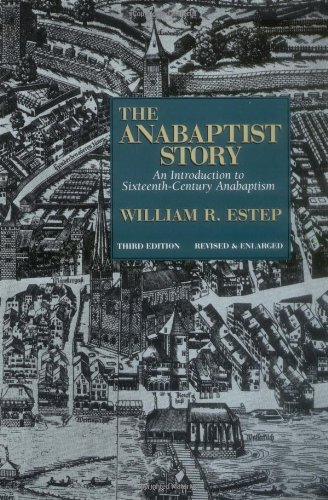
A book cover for The Anabaptist Story; William R. Estep; Christian Books & Bibles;